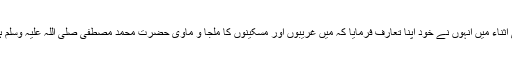
اسی اثناء میں انہوں نے خود اپنا تعارف فرمایا کہ میں غریبوں اور مسکینوں کا ملجا و ماویٰ حضرت محمد مصطفیٰ صلّی اللہ علیہ وسلم ہوں۔